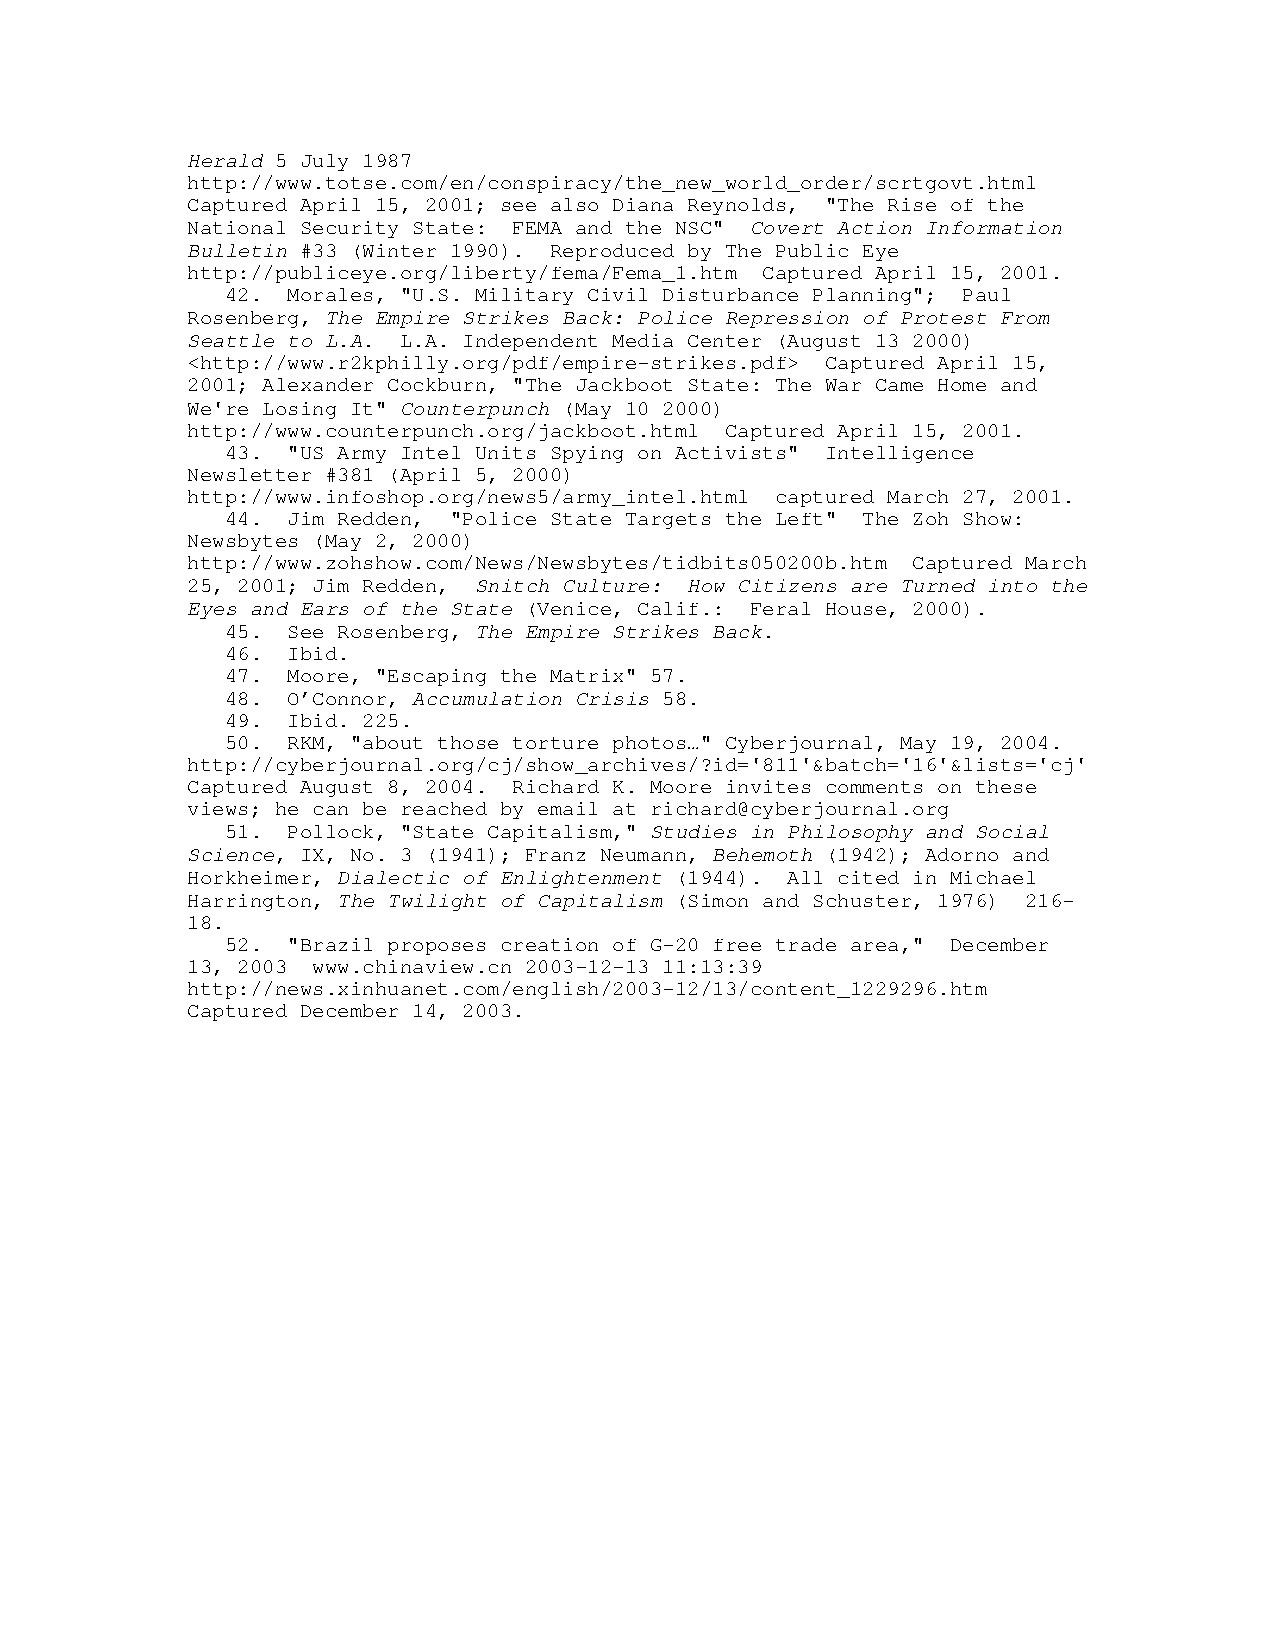
Herald 5 July 1987
 http://www.totse.com/en/conspiracy/the_new_world_order/scrtgovt.html
 Captured April 15, 2001; see also Diana Reynolds, "The Rise of the
 National Security State: FEMA and the NSC" Covert Action Information
 Bulletin #33 (Winter 1990). Reproduced by The Public Eye
 http://publiceye.org/liberty/fema/Fema_1.htm Captured April 15, 2001.
 42. Morales, "U.S. Military Civil Disturbance Planning"; Paul
 Rosenberg, The Empire Strikes Back: Police Repression of Protest From
 Seattle to L.A. L.A. Independent Media Center (August 13 2000)
 <http://www.r2kphilly.org/pdf/empire-strikes.pdf> Captured April 15,
 2001; Alexander Cockburn, "The Jackboot State: The War Came Home and
 We're Losing It" Counterpunch (May 10 2000)
 http://www.counterpunch.org/jackboot.html Captured April 15, 2001.
 43. "US Army Intel Units Spying on Activists" Intelligence
 Newsletter #381 (April 5, 2000)
 http://www.infoshop.org/news5/army_intel.html captured March 27, 2001.
 44. Jim Redden, "Police State Targets the Left" The Zoh Show:
 Newsbytes (May 2, 2000)
 http://www.zohshow.com/News/Newsbytes/tidbits050200b.htm Captured March
 25, 2001; Jim Redden, Snitch Culture: How Citizens are Turned into the
 Eyes and Ears of the State (Venice, Calif.: Feral House, 2000).
 45. See Rosenberg, The Empire Strikes Back.
 46. Ibid.
 47. Moore, "Escaping the Matrix" 57.
 48. O’Connor, Accumulation Crisis 58.
 49. Ibid. 225.
 50. RKM, "about those torture photos…" Cyberjournal, May 19, 2004.
 http://cyberjournal.org/cj/show_archives/?id='811'&batch='16'&lists='cj'
 Captured August 8, 2004. Richard K. Moore invites comments on these
 views; he can be reached by email at richard@cyberjournal.org
 51. Pollock, "State Capitalism," Studies in Philosophy and Social
 Science, IX, No. 3 (1941); Franz Neumann, Behemoth (1942); Adorno and
 Horkheimer, Dialectic of Enlightenment (1944). All cited in Michael
 Harrington, The Twilight of Capitalism (Simon and Schuster, 1976) 216-
 18.
 52. "Brazil proposes creation of G-20 free trade area," December
 13, 2003 www.chinaview.cn 2003-12-13 11:13:39
 http://news.xinhuanet.com/english/2003-12/13/content_1229296.htm
 Captured December 14, 2003.